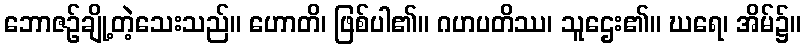
ဘောဇဉ်ချို့တဲ့သေးသည်။ ဟောတိ၊ ဖြစ်ပါ၏။ ဂဟပတိဿ၊ သူဌေး၏။ ဃရေ၊ အိမ်၌။